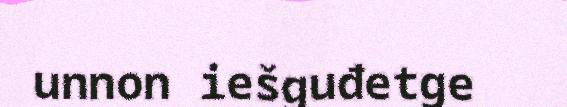
unnon iešguđetge